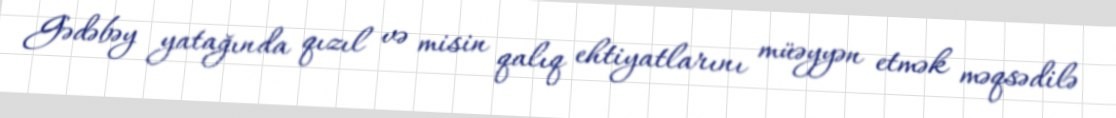
Gədəbəy yatağında qızıl və misin qalıq ehtiyatlarını müəyyən etmək məqsədilə